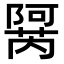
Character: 𬯜